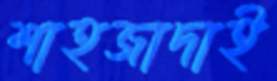
শাহজাদাই